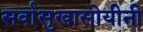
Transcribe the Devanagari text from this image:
सर्वासुखासोयीनी